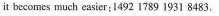
it becomes much casier; 1492 i789 1931 8483.